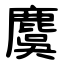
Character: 麌